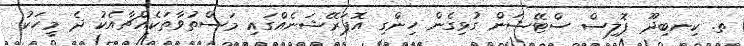
ތ. ކިނބިދޫ ޕޮލިސް ސްޓޭޝަން ގުޅިގެން ހިންގި އޮޕަރޭޝަނެއްގައި މަސްތުވާތަކެއްޗާއެކު ދެ މީހަކު